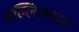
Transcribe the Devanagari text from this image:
वल्लियप्पन